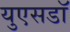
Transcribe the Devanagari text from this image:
युएसडॉ